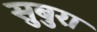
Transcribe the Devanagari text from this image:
सुबुरा